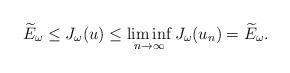
LaTeX: \begin{align*}\widetilde{E}_{\omega}\leq J_{\omega}(u)\leq\liminf_{n\rightarrow\infty}J_{\omega}(u_{n})=\widetilde{E}_{\omega}.\end{align*}